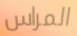
المراس